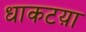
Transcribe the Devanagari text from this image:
धाकटय़ा